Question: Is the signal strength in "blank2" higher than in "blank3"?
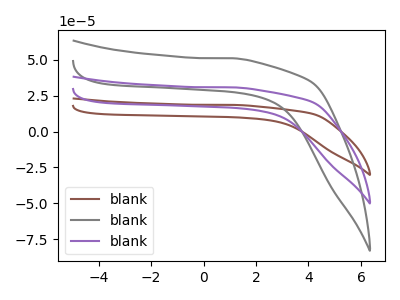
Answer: <think>The brown curve "blank1" has no peaks. The gray curve "blank2" has no peaks. The purple curve "blank3" has no peaks.
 Neither "blank2" or "blank3" have any peaks.</think>
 <answer>I cant tell if "blank2" or "blank3" has more signal.</answer>
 <eval>mixed_signal</eval>